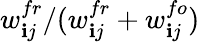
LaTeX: w_{\mathbf{i}j}^{fr}/(w_{\mathbf{i}j}^{fr}+w_{\mathbf{i}j}^{fo})